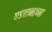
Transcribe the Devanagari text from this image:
घडतानाच्या